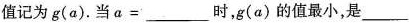
值记为g(a)。当a=___时，g(a)的值最小，是___